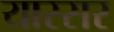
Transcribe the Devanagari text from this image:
यास्सर